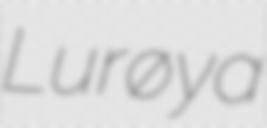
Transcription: Lurøya